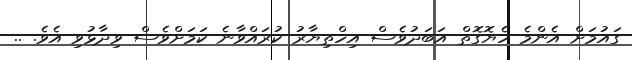
ގައުމަށް އެންމެ ހެޔޮގޮތް އަބަދުވެސް އިހްތިޔާރު ކުރައްވާނެ ކަމަށްވެސް ވިދާޅުވި އެވެ. ..